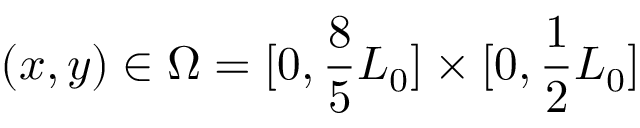
( x , y ) \in \Omega = [ 0 , \frac 8 5 L _ { 0 } ] \times [ 0 , \frac 1 2 L _ { 0 } ]